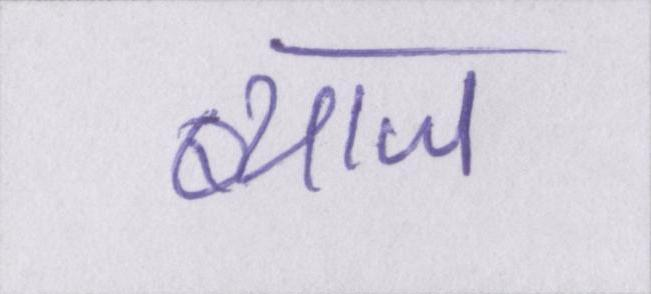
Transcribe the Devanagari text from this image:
ब्याज